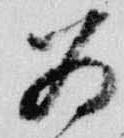
為